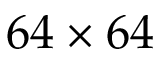
6 4 \times 6 4